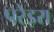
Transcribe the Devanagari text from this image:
परेइरा